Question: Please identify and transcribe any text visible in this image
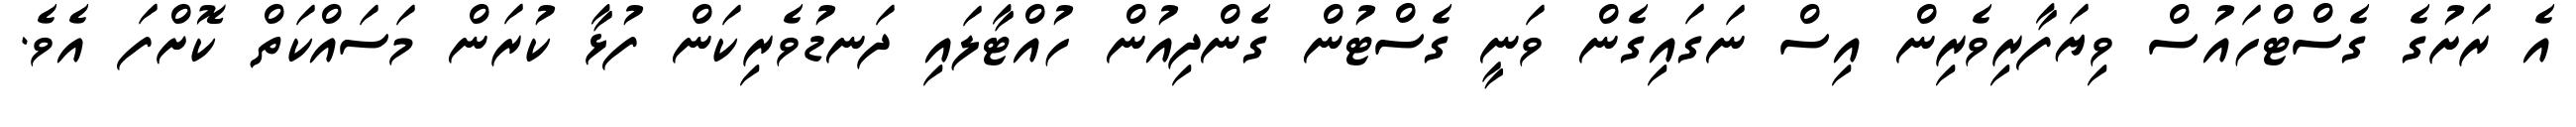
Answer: އެ ރަށުގެ ގެސްޓްހައުސް ވިޔަފާރިވެރިން އިސް ނަގައިގެން ވަނީ ގެސްޓުން ގެންދިއުން ހުއްޓާލައި ދަނޑުވެރިކަން ފުޅާ ކުރަން މަސައްކަތް ކޮށްފަ އެވެ.